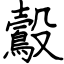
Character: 鷇